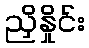
ညှိနှိုင်း